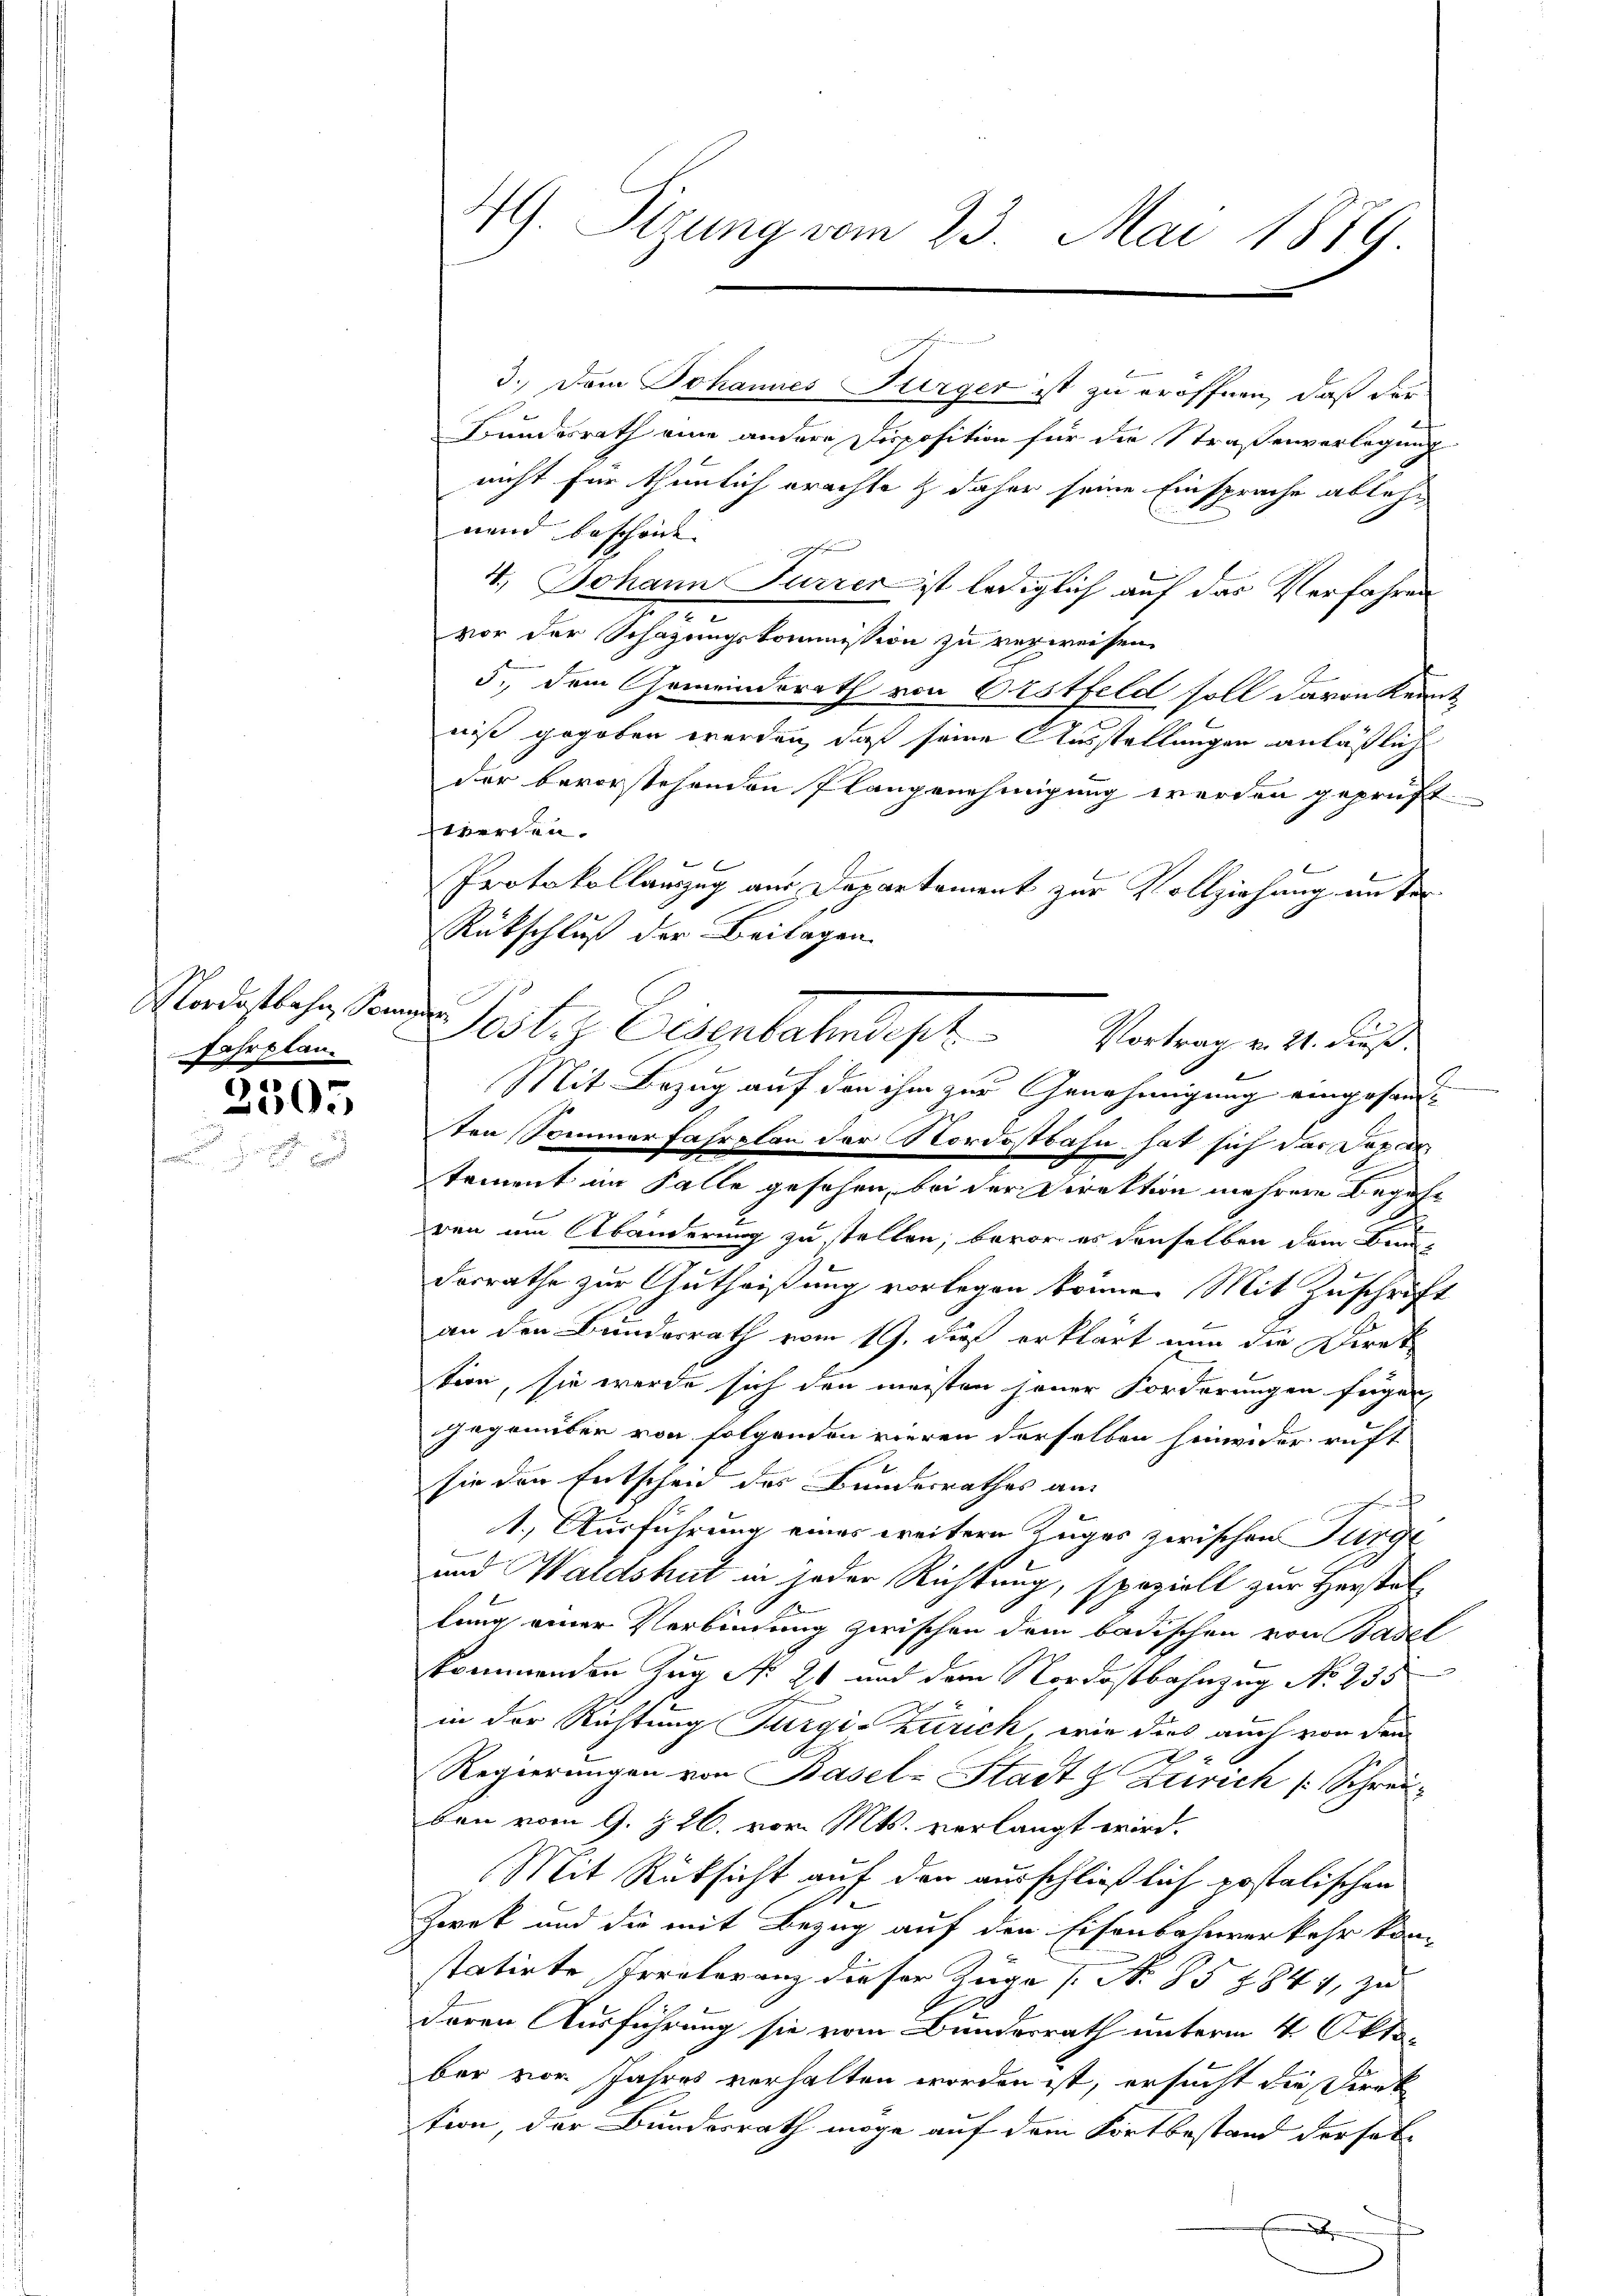
Fahrplan.

2305

4. Sizung vom 23. Mai 1879.

3. Dem Johannes Flurger ist zu eröffnen, daß der
Bundesrath eine andere Disposition für die Straßenverlegung
nicht für thunlich erachte & daher seine Einsprache ablehn
rend bescheint.
4.) Johann Furren ist lediglich auf das Verfahren
d
vor der Schazungskommission zu verweisen.
5., dem Gemeinderath von Erstfeld soll davon Kennt
niß gegeben werden, daß seine Ausstellungen anläßlich
der bevorstehenden Plangenehmigung werden geprüft
werden.
Protokollauszug aus Departement zur Vollziehung an de
Rückschluß der Beilagen.
Mit Bezug auf den ihm zur Genehmigung eingesandten Sommerfahrplan der Nordostbahn hat sich das Departament im Falle gesehen, bei der Direktion mehrere Begehr
ren um Abänderung zu stellen, bevor es denselben dem Brundesrathe zur Gutheißung vorlegen könne. Mit Zuschrift
an den Bundesrath vom 19. dieß erklärt nun die Direk
tion, sie werde sich den meisten seiner Forderungen fügen,
gegenüber von folgenden vieren derselben hinwider ruft
sie den Entscheid des Bundesrathes an
1.) Ausführung eines weitern Zuges zwischen Turge
und Waldshut in jeder Richtung, speziell zur Herstat
lung einer Verbindung zwischen dem badischen von Basel
kommenden Zug No. 21 und dem Nordostbahnzug No. 238
in der Richtung Furgi-Zürich, wie dies auch von den
x
Regierungen von Basel-Stadt Zürich (Schrei-
den vom 9. § 26. vor. Mts. verlangt wird.
Mit Rücksicht auf den ausschließlich postalischen
Zwek und die mit Bezug auf den Eisenbahnverkehr konstatirte Peroleranz dieser Züge (N. 85 1844, zu
deren Ausführung sie vom Bundesrath unterm 4 Oktober vor Jahres verhalten worden ist, ersucht die Direk
tion, der Bundesrath möge auf dem Fortbestand dersel¬
.

Madislehrsten Post. Eisenbahndept Vortrag v. 4. Fuß.